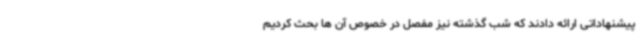
پیشنهاداتی ارائه دادند که شب گذشته نیز مفصل در خصوص آن ها بحث کردیم